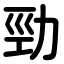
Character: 勁